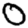
Digit: 0